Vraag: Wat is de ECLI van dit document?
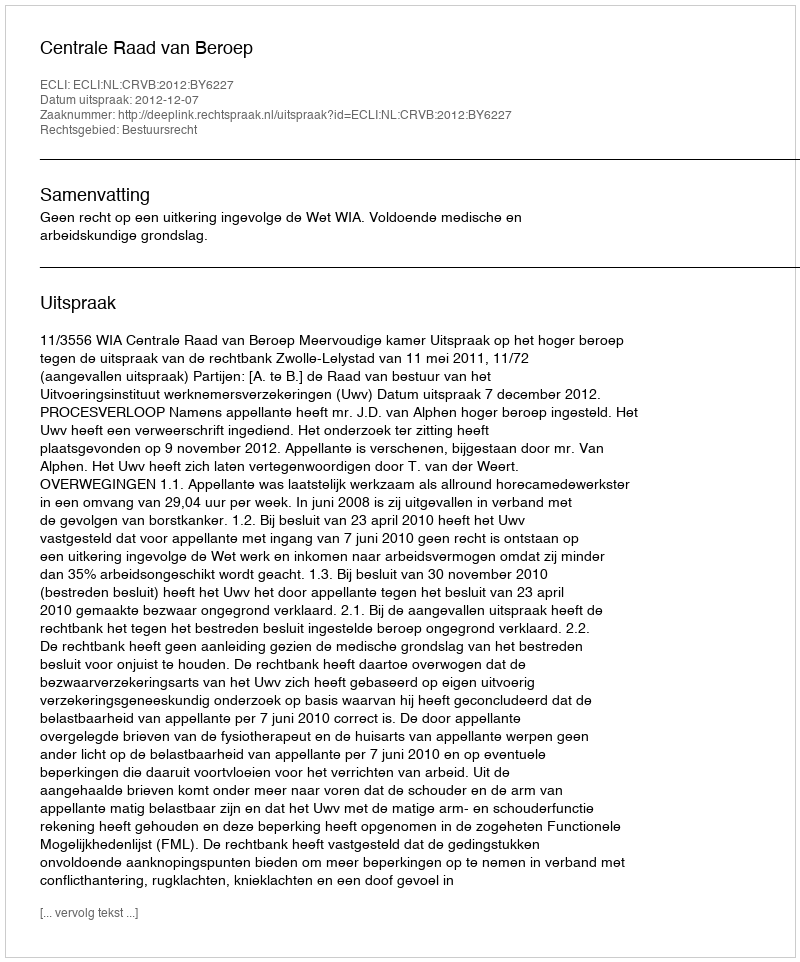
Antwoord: ECLI:NL:CRVB:2012:BY6227